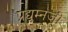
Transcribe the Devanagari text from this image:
प्रद्युम्नजी